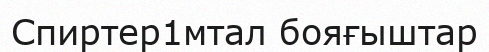
Спиртер1мтал бояғыштар